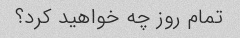
تمام روز چه خواهید کرد؟